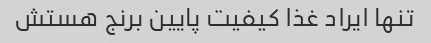
تنها ایراد غذا کیفیت پایین برنج هستش